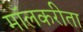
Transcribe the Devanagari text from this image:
मॉलकरीता